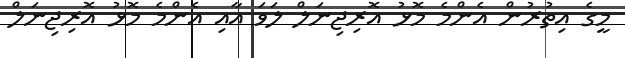
މީގެ އިތުރުން އެންމެ މޮޅު އޮރިޖިނަލް ލަވަ އާއި އެންމެ މޮޅު އޮރިޖިނަލް